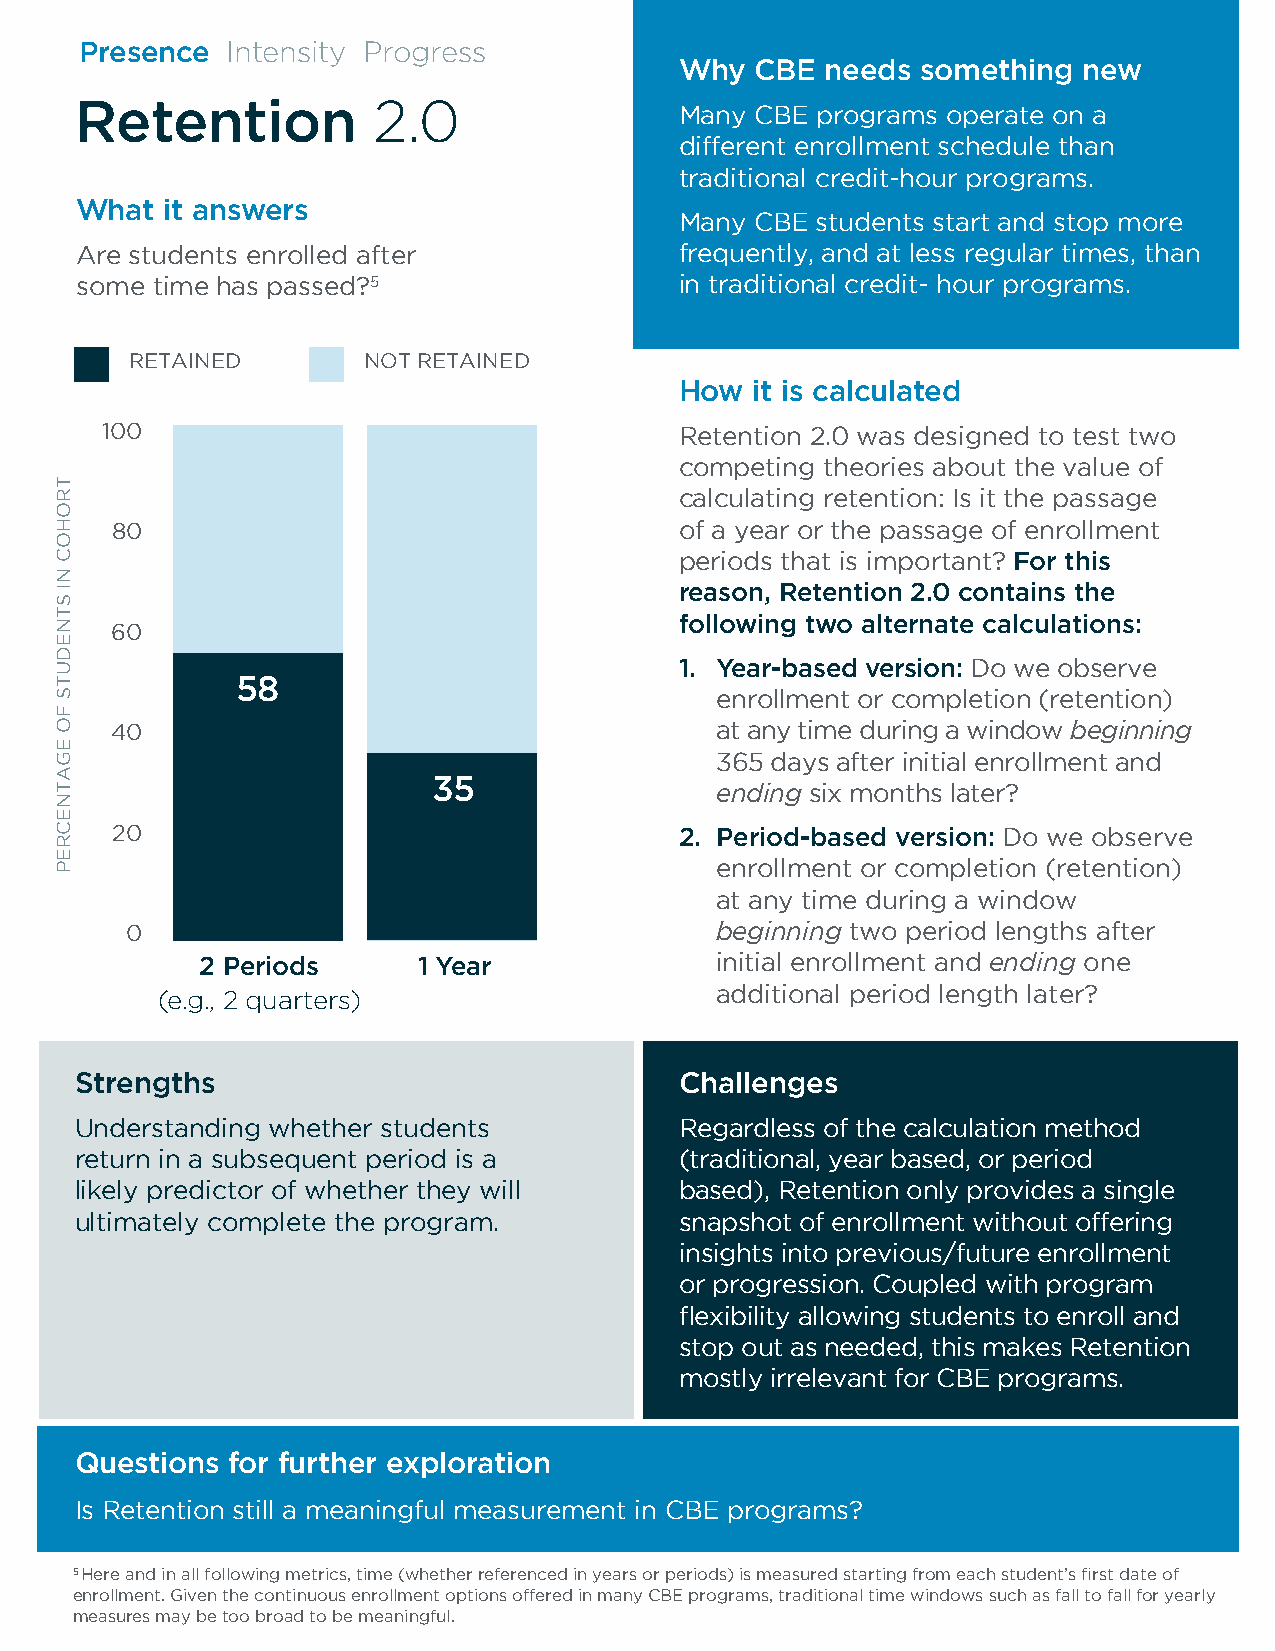
Presence  Intensity Progress
 Why  CBE  needs something  new
 2.0
 Retention                               Many CBE programs operate on a
 different enrollment schedule than
 traditional credit-hour programs.
 What  it answers
 Many CBE students start and stop more
 Are students enrolled after             frequently, and at less regular times, than
 some time has passed?5                  in traditional credit- hour programs.
 RETAINED       NOT RETAINED
 How  it is calculated
 100                                   Retention 2.0 was designed to test two
 competing theories about the value of
 calculating retention: Is it the passage
 80                                    of a year or the passage of enrollment
 periods that is important? For this
 reason, Retention 2.0 contains the
 following two alternate calculations:
 60
 1. Year-based version: Do we observe
 58
 enrollment or completion (retention)
 40                                      at any time during a window beginning
 365 days after initial enrollment and
 35                ending six months later?
 20                                    2. Period-based version: Do we observe
 enrollment or completion (retention)
 at any time during a window
 0                                      beginning two period lengths after
 2 Periods      1 Year             initial enrollment and ending one
 (e.g., 2 quarters)                   additional period length later?
 Strengths                               Challenges
 Understanding whether students          Regardless of the calculation method
 return in a subsequent period is a      (traditional, year based, or period
 likely predictor of whether they will   based), Retention only provides a single
 ultimately complete the program.        snapshot of enrollment without offering
 insights into previous/future enrollment
 or progression. Coupled with program
 flexibility allowing students to enroll and
 stop out as needed, this makes Retention
 mostly irrelevant for CBE programs.
 Questions for further exploration
 Is Retention still a meaningful measurement in CBE programs?
 5 Here and in all following metrics, time (whether referenced in years or periods) is measured starting from each student’s first date of
 enrollment. Given the continuous enrollment options offered in many CBE programs, traditional time windows such as fall to fall for yearly
 measures may be too broad to be meaningful.
 TROHOC
 NI
 STNEDUTS
 FO
 EGATNECREP